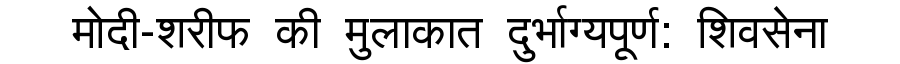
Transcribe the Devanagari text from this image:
मोदी-शरीफ की मुलाकात दुर्भाग्यपूर्ण: शिवसेना